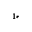
^ { 1 \ast }